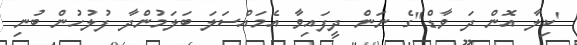
'ކިލާ އޮން ދަ ވާޑް"ގެ ނަން ދީފައިވާ އެމައްސަލަ ބަލަމުންދާ ފުލުހުން ބުނި